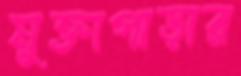
মুক্তাপাড়ার